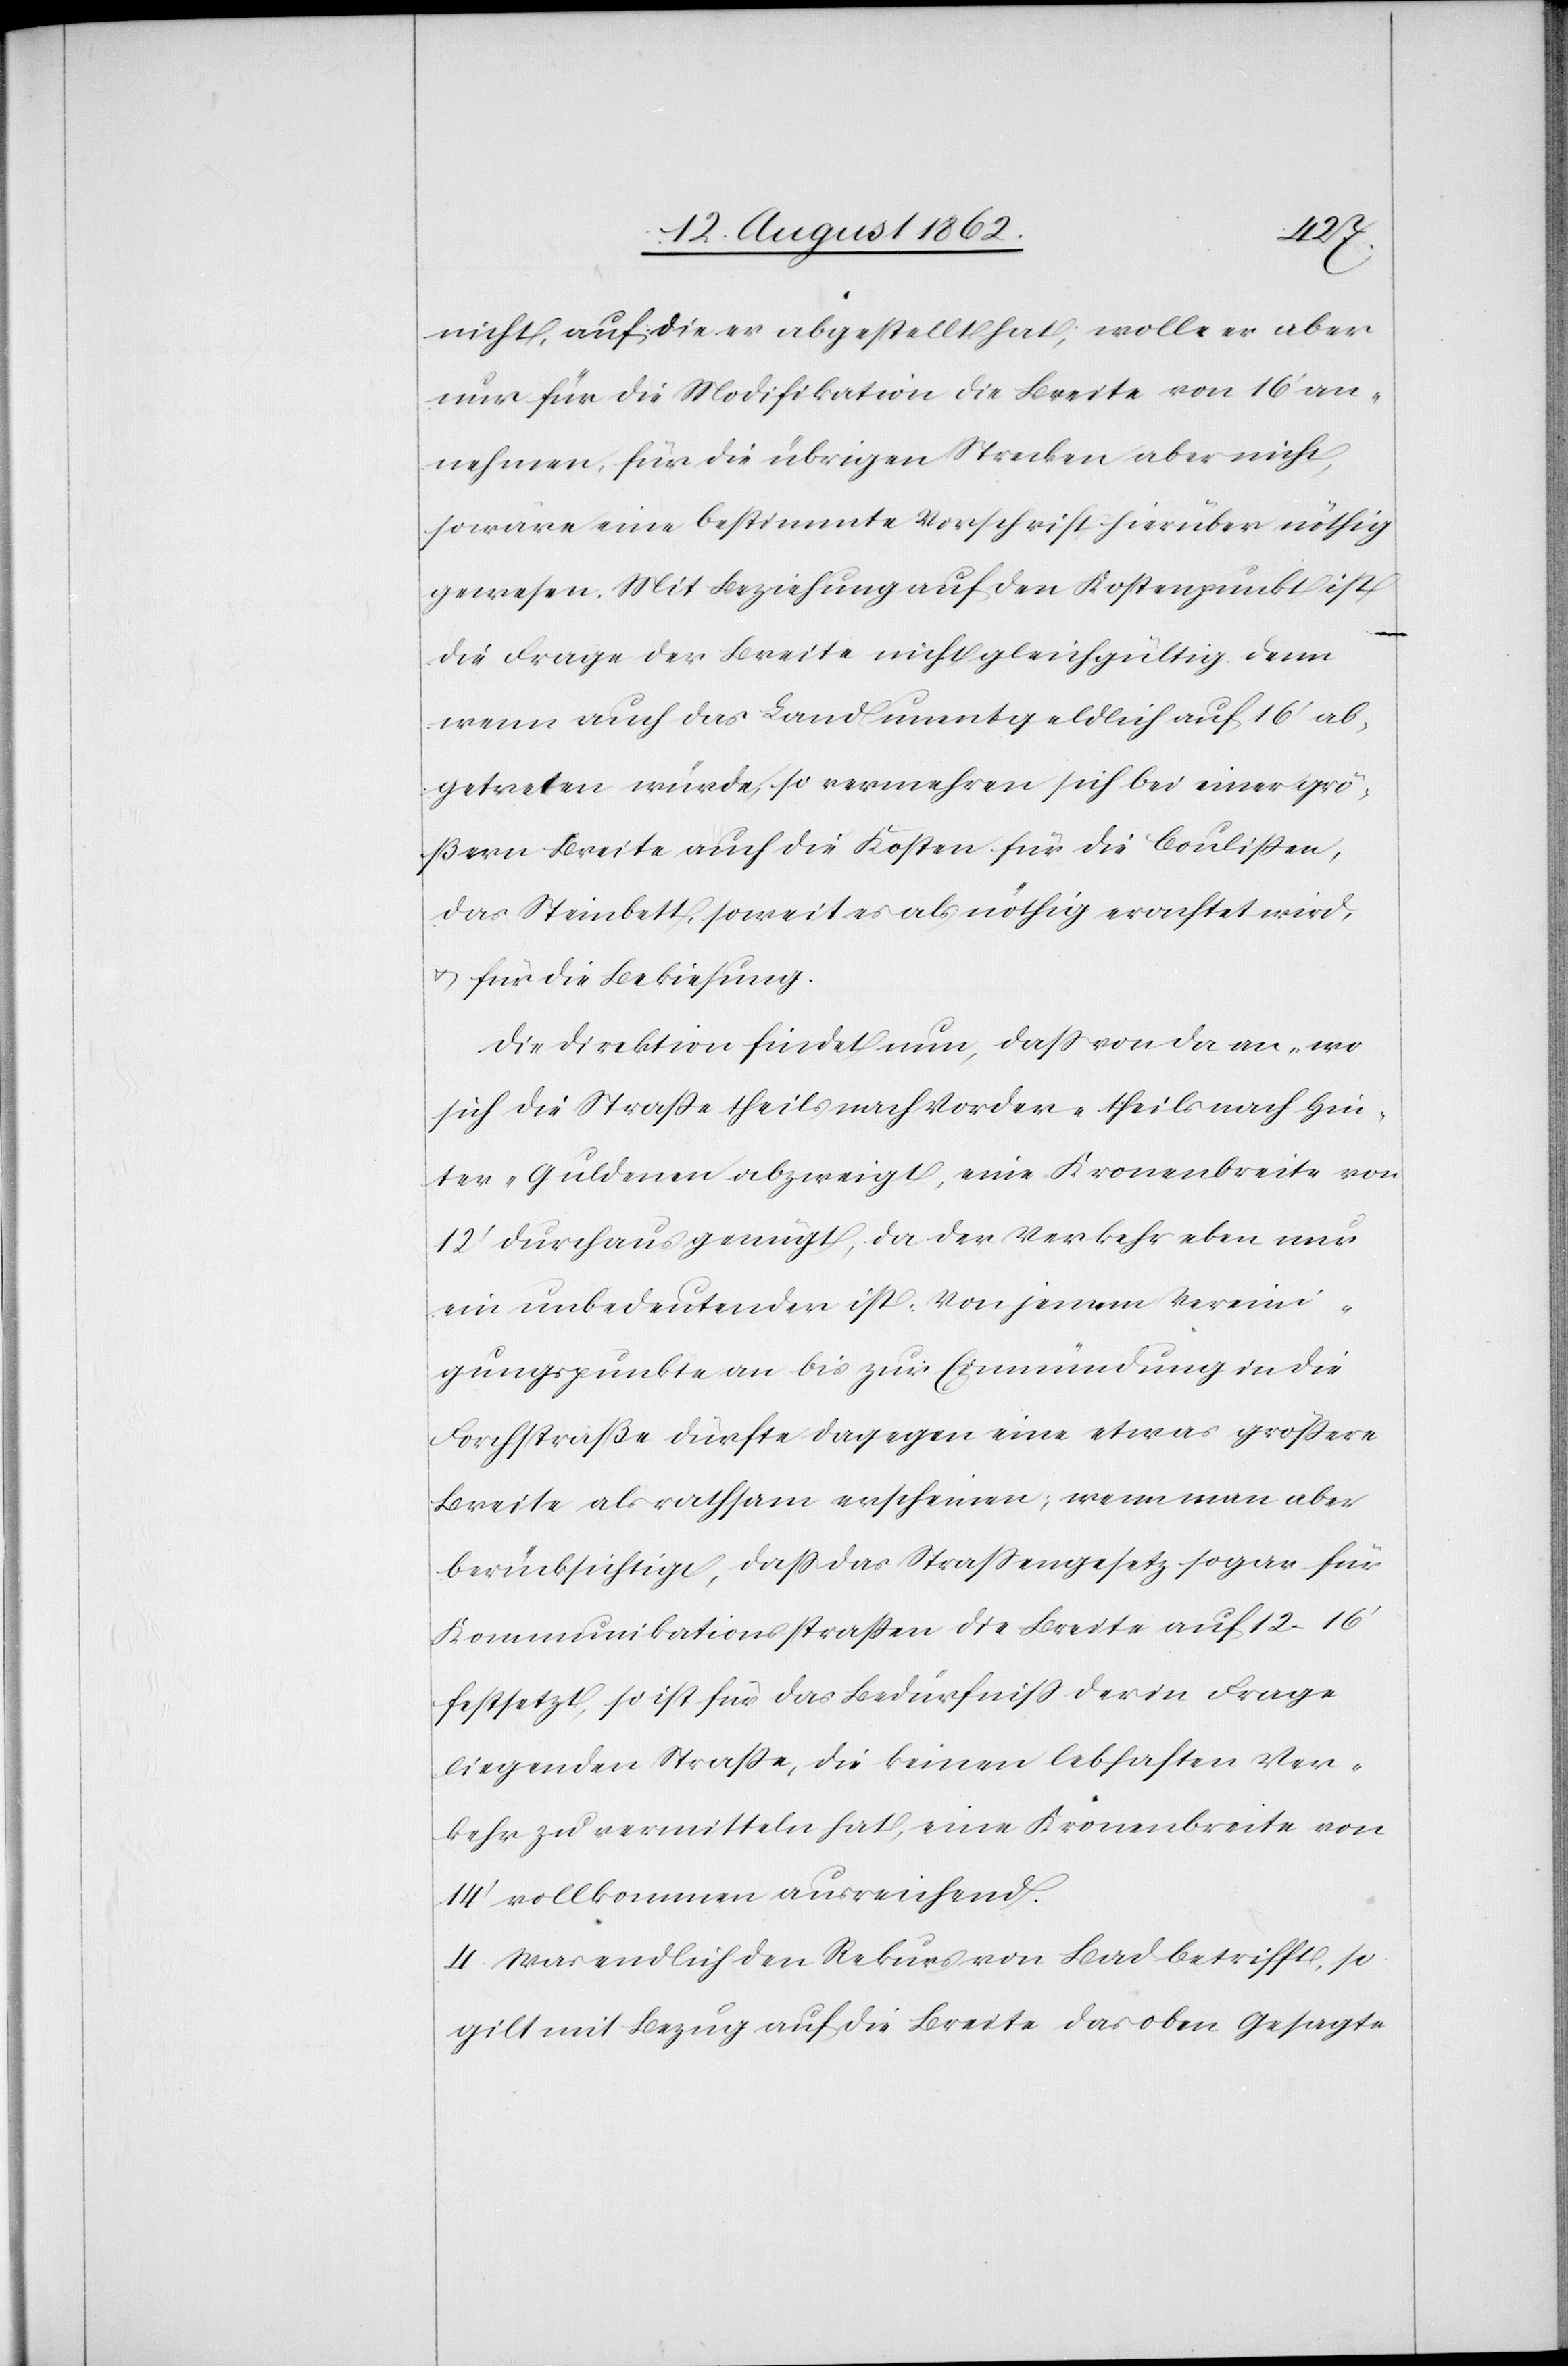
nicht, auf die er abgestellt hat; wolle er aber
nur für die Modifikation die Breite von 16’ an¬
nehmen, für die übrigen Strecken aber nicht,
so wäre eine bestimmte Vorschrift hierüber nöthig
gewesen. Mit Beziehung auf den Kostenpunkt ist
die Frage der Breite nicht gleichgültig. Denn
wenn auch das Land unentgeldlich auf 16’ ab¬
getreten würde, so vermehren sich bei einer grö¬
ßern Breite auch die Kosten für die Coulissen,
das Steinbett, soweit es als nöthig erachtet wird,
u. für die Bekiesung.
Die Direktion findet nun, daß von da an, wo
sich die Straße theils nach Vorder- theils nach Hin¬
ter-Guldenen abzweigt, eine Kronenbreite von
12’ durchaus genügt, da der Verkehr eben nur
ein unbedeutender ist. Von jenem Vereini¬
gungspunkte an bis zur Einmündung in die
Forchstraße dürfte dagegen eine etwas größere
Breite als rathsam erscheinen, wenn man aber
berücksichtigt, daß das Straßengesetz sogar für
Kommunikationsstraßen die Breite auf 12–16’
festsetzt, so ist für das Bedürfniß der in Frage
liegenden Straße, die keinen lebhaften Ver¬
kehr zu vermitteln hat, eine Kronenbreite von
14’ vollkommen ausreichend.
4. Was endlich den Rekurs von Bad betrifft, so
gilt mit Bezug auf die Breite das oben Gesagte